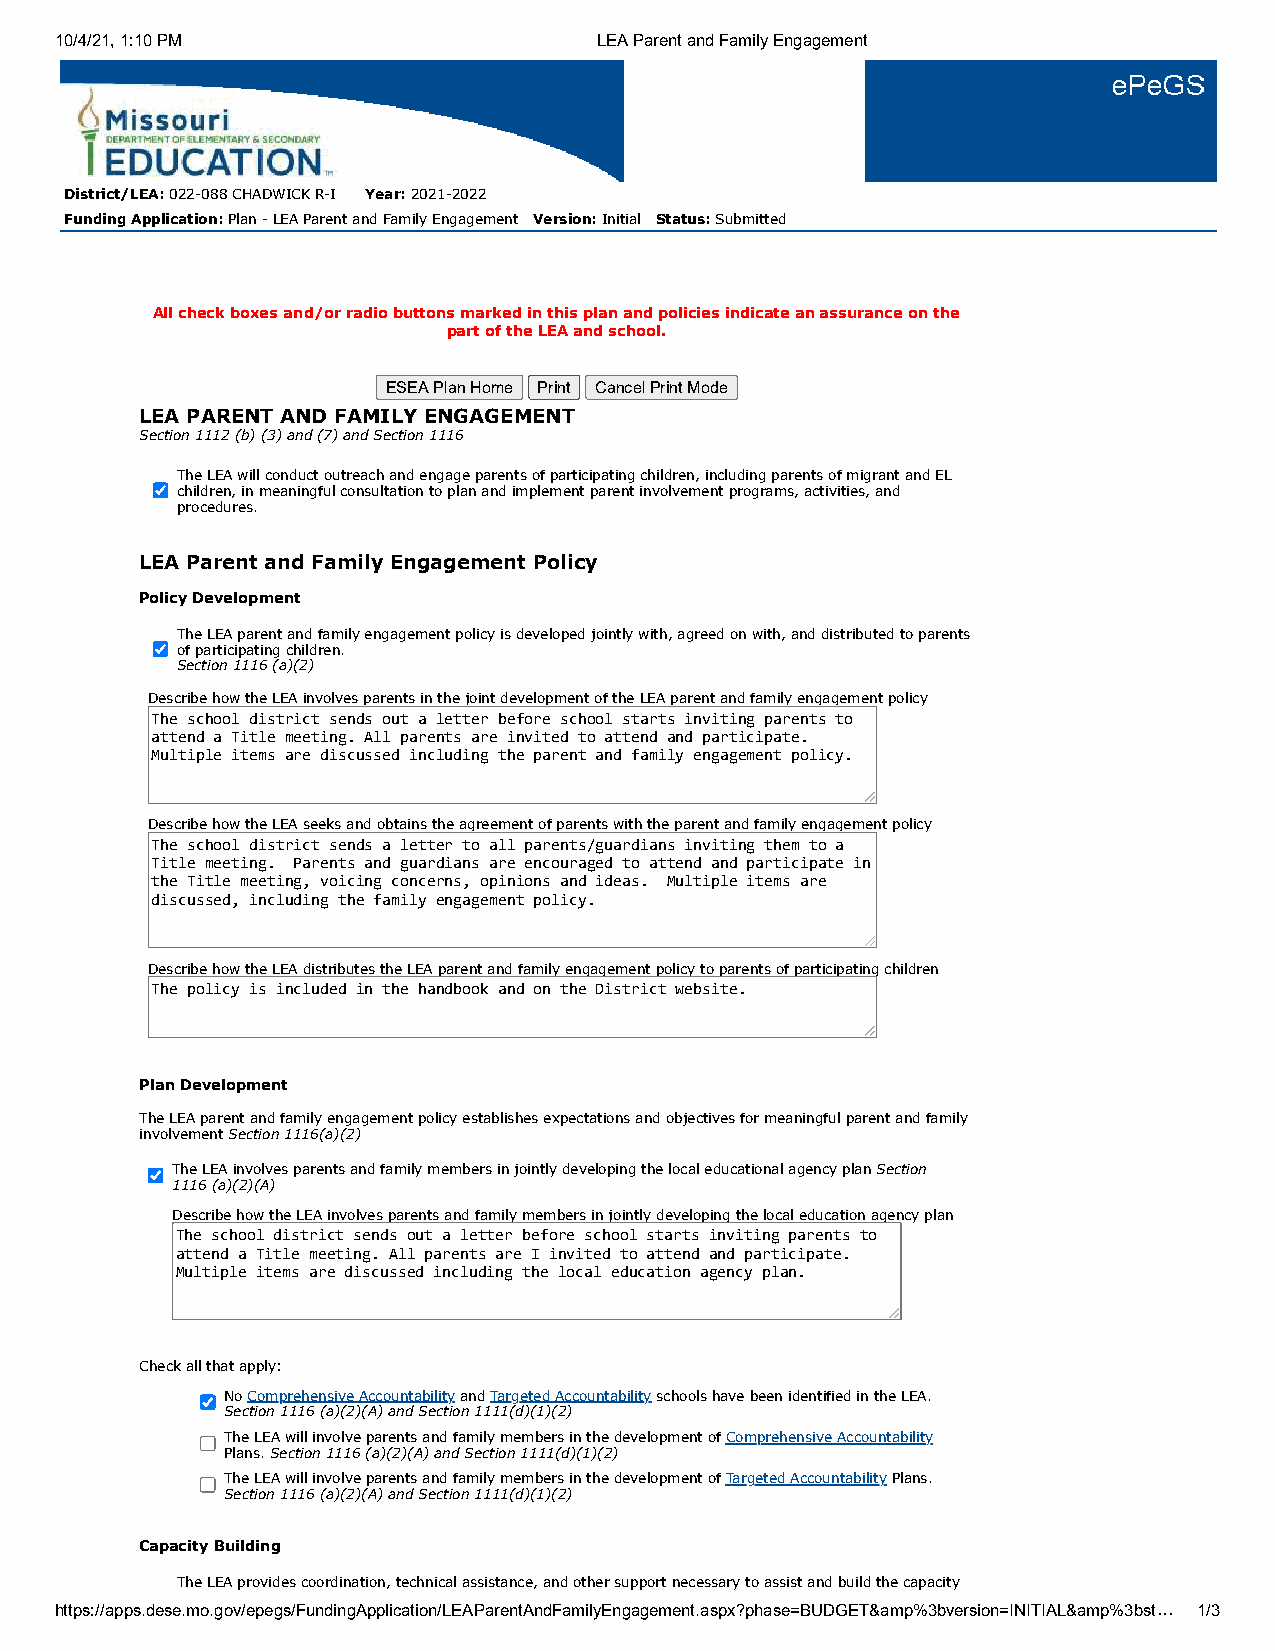
10/4/21, 1:10 PM                    LEA Parent and Family Engagement
 District/LEA: 022-088 CHADWICK R-I Year: 2021-2022
 Funding Application: Plan - LEA Parent and Family Engagement Version: Initial Status: Submitted
 All check boxes and/or radio buttons marked in this plan and policies indicate an assurance on the
 part of the LEA and school.
 ESEA Plan Home Print Cancel Print Mode
 LEA PARENT AND FAMILY ENGAGEMENT
 Section 1112 (b) (3) and (7) and Section 1116
 The LEA will conduct outreach and engage parents of participating children, including parents of migrant and EL
 children, in meaningful consultation to plan and implement parent involvement programs, activities, and
 procedures.
 LEA Parent and Family Engagement Policy
 Policy Development
 The LEA parent and family engagement policy is developed jointly with, agreed on with, and distributed to parents
 of participating children.
 Section 1116 (a)(2)
 Describe how the LEA involves parents in the joint development of the LEA parent and family engagement policy
 The school district sends out a letter before school starts inviting parents to
 attend a Title meeting. All parents are invited to attend and participate.
 Multiple items are discussed including the parent and family engagement policy.
 Describe how the LEA seeks and obtains the agreement of parents with the parent and family engagement policy
 The school district sends a letter to all parents/guardians inviting them to a
 Title meeting. Parents and guardians are encouraged to attend and participate in
 the Title meeting, voicing concerns, opinions and ideas. Multiple items are
 discussed, including the family engagement policy.
 Describe how the LEA distributes the LEA parent and family engagement policy to parents of participating children
 The policy is included in the handbook and on the District website.
 Plan Development
 The LEA parent and family engagement policy establishes expectations and objectives for meaningful parent and family
 involvement Section 1116(a)(2)
 The LEA involves parents and family members in jointly developing the local educational agency plan Section
 1116 (a)(2)(A)
 Describe how the LEA involves parents and family members in jointly developing the local education agency plan
 The school district sends out a letter before school starts inviting parents to
 attend a Title meeting. All parents are I invited to attend and participate.
 Multiple items are discussed including the local education agency plan.
 Check all that apply:
 No Comprehensive Accountability and Targeted Accountability schools have been identified in the LEA.
 Section 1116 (a)(2)(A) and Section 1111(d)(1)(2)
 The LEA will involve parents and family members in the development of Comprehensive Accountability
 Plans. Section 1116 (a)(2)(A) and Section 1111(d)(1)(2)
 The LEA will involve parents and family members in the development of Targeted Accountability Plans.
 Section 1116 (a)(2)(A) and Section 1111(d)(1)(2)
 Capacity Building
 The LEA provides coordination, technical assistance, and other support necessary to assist and build the capacity
 https://apps.dese.mo.gov/epegs/FundingApplication/LEAParentAndFamilyEngagement.aspx?phase=BUDGET&amp%3bversion=INITIAL&amp%3bst… 1/3